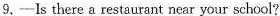
9.——ls there a restaurant near your school?